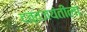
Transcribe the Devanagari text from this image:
दत्तजयंतीला